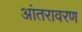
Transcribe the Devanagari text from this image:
आंतरावरण